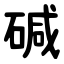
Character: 碱